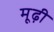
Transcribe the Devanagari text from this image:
मूढ़ी